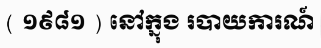
( ១៩៨១ ) នៅក្នុង របាយការណ៍